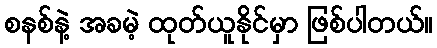
စနစ်နဲ့ အခမဲ့ ထုတ်ယူနိုင်မှာ ဖြစ်ပါတယ်။